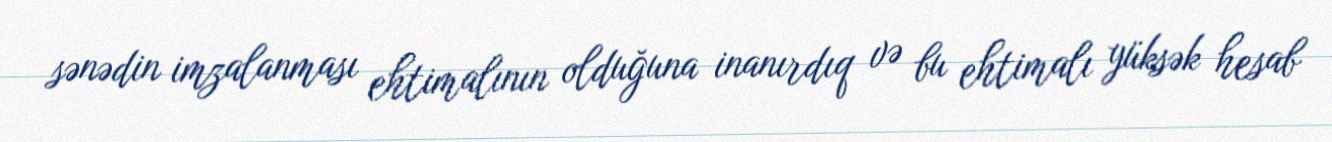
sənədin imzalanması ehtimalının olduğuna inanırdıq və bu ehtimalı yüksək hesab